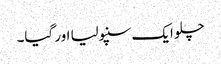
چلو ایک سنپولیا اور گیا۔